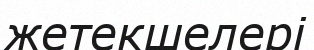
жетекшелері